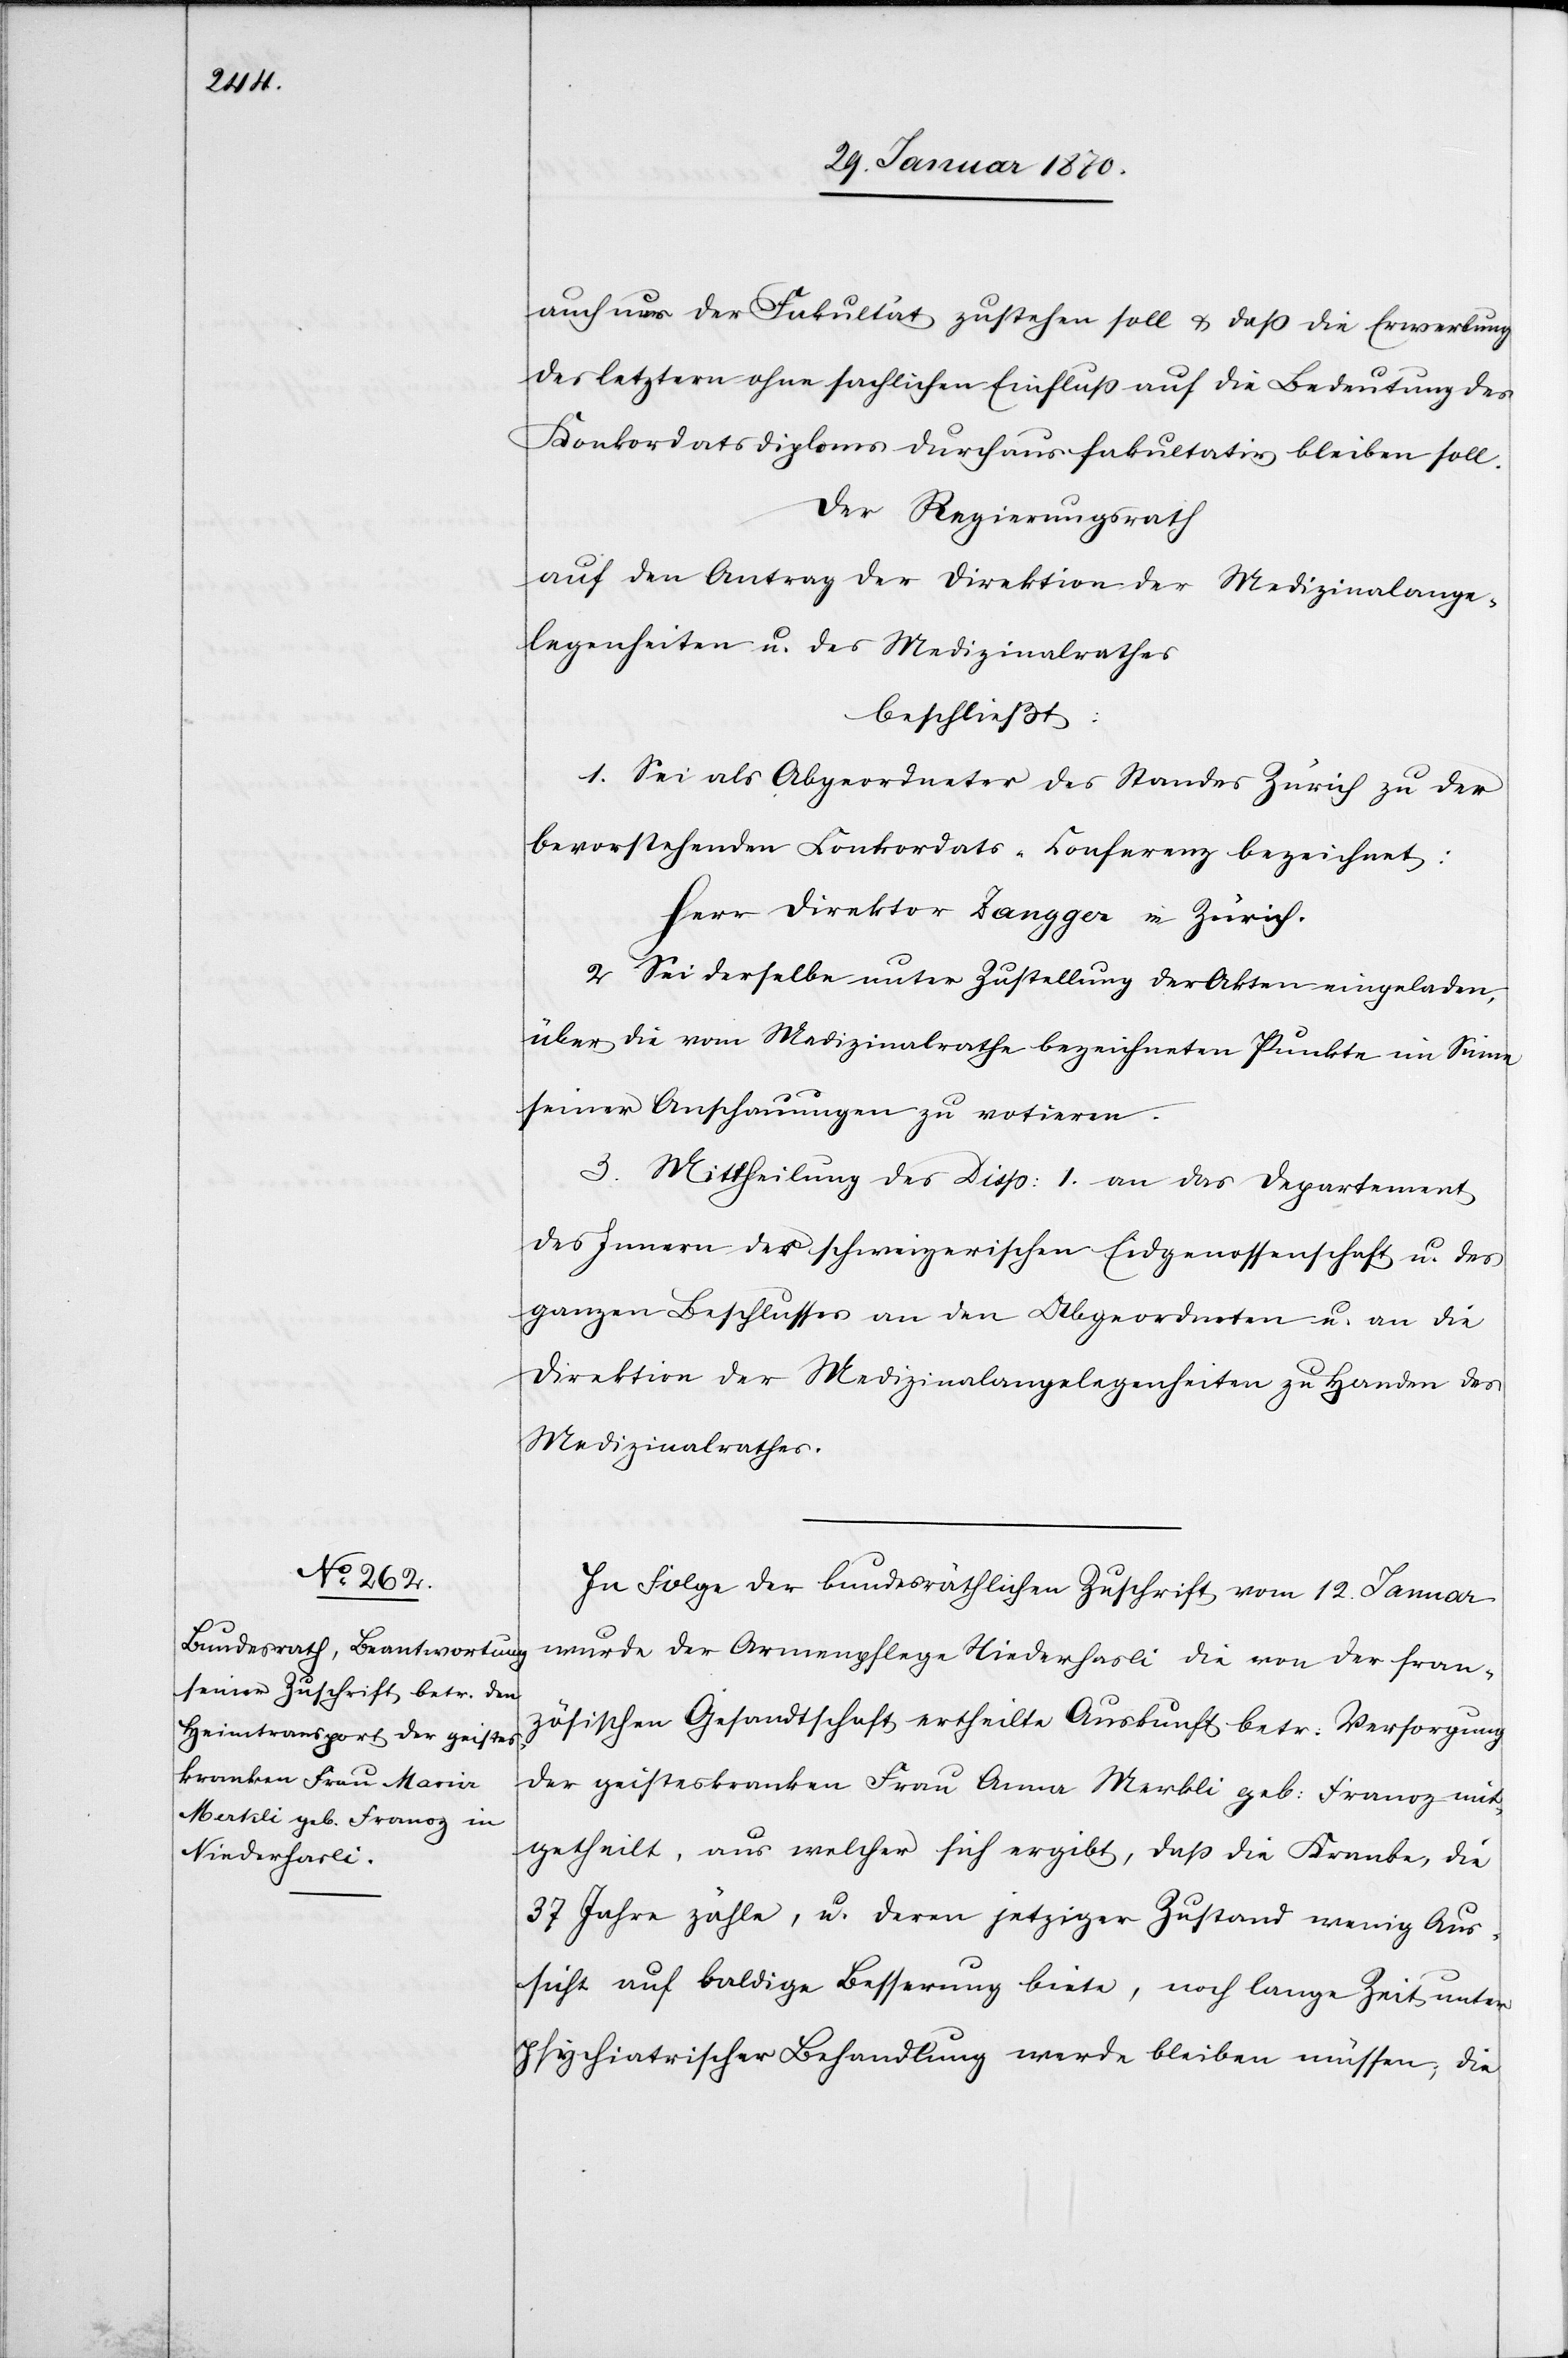
auch nur der Fakultät zustehen soll u. daß die Erwerbung
des letztern ohne sachlichen Einfluß auf die Bedeutung des
Konkordatsdiploms durchaus fakultativ bleiben soll.
Der Regierungsrath
auf den Antrag der Direktion der Medizinalange¬
legenheiten u. des Medizinalrathes
beschließt:
1. Sei als Abgeordneter des Standes Zürich zu der
bevorstehenden Konkordats-Konferenz bezeichnet:
Herr Direktor Zangger in Zürich.
2. Sei derselbe unter Zustellung der Akten eingeladen,
über die vom Medizinalrathe bezeichneten Punkte im Sinne
seiner Anschauungen zu votieren.
3. Mittheilung des Disp: 1 an das Departement
des Innern der schweizerischen Eidgenossenschaft u. des
ganzen Beschlusses an den Abgeordneten u. an die
Direktion der Medizinalangelegenheiten zu Handen des
Medizinalrathes.
In Folge der bundesräthlichen Zuschrift vom 12. Januar
wurde der Armenpflege Niederhasli die von der fran¬
zösischen Gesandtschaft ertheilte Auskunft betr: Versorgung
der geisteskranken Frau Anna Merkli geb: Franoz mit¬
getheilt, aus welcher sich ergibt, daß die Kranke, die
37 Jahre zähle, u. deren jetziger Zustand wenig Aus¬
sicht auf baldige Besserung biete, noch lange Zeit unter
psychiatrischer Behandlung werde bleiben müssen; die